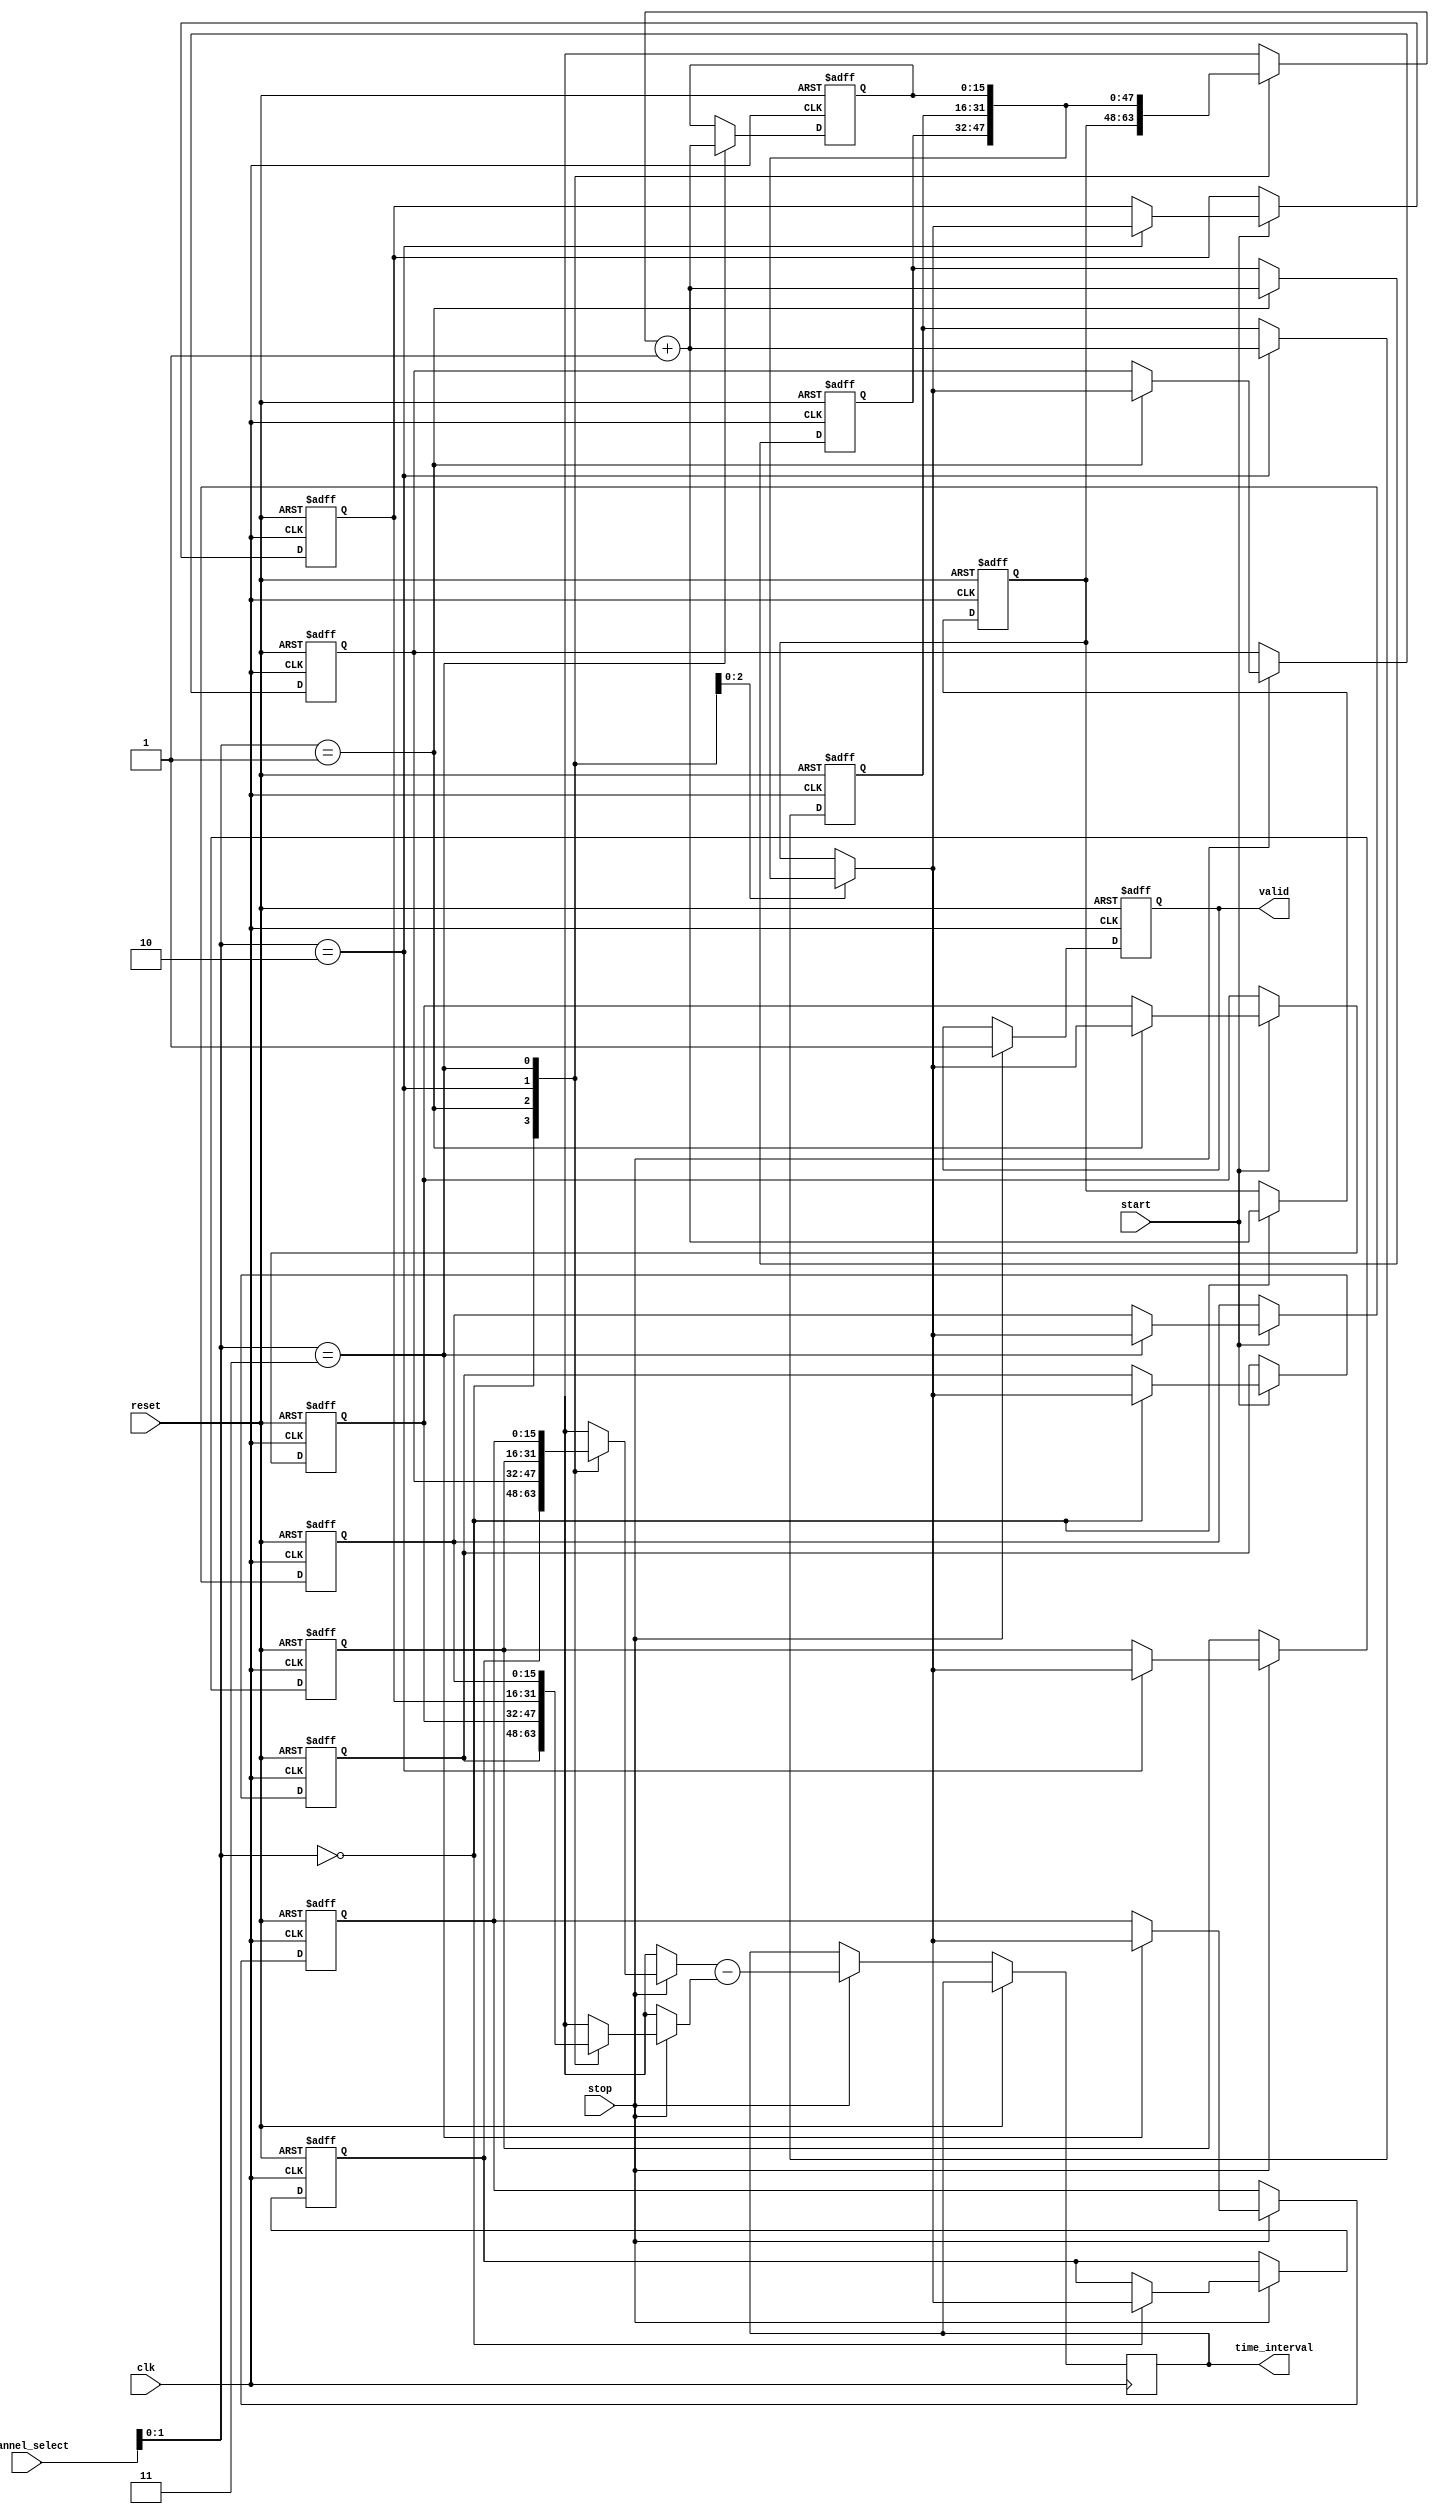
module TDC (
    input wire clk,                // Global clock
    input wire reset,              // Reset signal
    input wire start,              // Start trigger signal
    input wire stop,               // Stop trigger signal
    input wire [N-1:0] channel_select, // Channel selection for interleaving
    output reg [DATA_WIDTH-1:0] time_interval, // Output time interval
    output reg valid               // Output valid signal
);

parameter N = 4;                  // Number of interleaved channels
parameter DATA_WIDTH = 16;       // Width of the time interval data
parameter MEM_DEPTH = 16;        // Depth of the memory blocks

// Memory blocks for each channel
reg [DATA_WIDTH-1:0] mem [0:N-1][0:MEM_DEPTH-1]; // Memory for each channel
reg [3:0] write_pointer [0:N-1]; // Write pointers for each channel
reg [3:0] read_pointer [0:N-1];  // Read pointers for each channel
reg [DATA_WIDTH-1:0] counter [0:N-1]; // Counter for each channel
reg [DATA_WIDTH-1:0] start_time [0:N-1]; // Start time for each channel
reg [DATA_WIDTH-1:0] stop_time [0:N-1];  // Stop time for each channel

// Initialize memory and pointers
integer i;
always @(posedge clk or posedge reset) begin
    if (reset) begin
        for (i = 0; i < N; i = i + 1) begin
            write_pointer[i] <= 0;
            read_pointer[i] <= 0;
            counter[i] <= 0;
            start_time[i] <= 0;
            stop_time[i] <= 0;
        end
        valid <= 0;
    end else begin
        // Capture start time
        if (start) begin
            start_time[channel_select] <= counter[channel_select];
        end
        
        // Capture stop time
        if (stop) begin
            stop_time[channel_select] <= counter[channel_select];
            time_interval <= stop_time[channel_select] - start_time[channel_select];
            valid <= 1;

            // Store the result in memory
            mem[channel_select][write_pointer[channel_select]] <= time_interval;
            write_pointer[channel_select] <= write_pointer[channel_select] + 1;
        end
        
        // Increment counters
        counter[channel_select] <= counter[channel_select] + 1;
    end
end

// Read from memory (example read operation)
always @(posedge clk) begin
    if (valid) begin
        // Example of reading from memory (could be expanded)
        // This is just a placeholder for actual read logic
        // read_pointer[channel_select] <= read_pointer[channel_select] + 1;
    end
end

endmodule